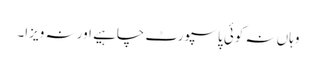
وہاں نہ کوئی پاسپورٹ چاہیے اور نہ ویزا۔